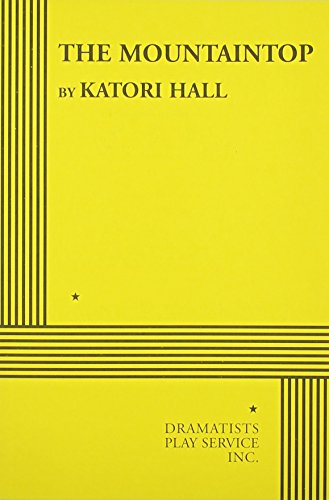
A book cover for The Mountaintop; Katori Hall; Literature & Fiction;